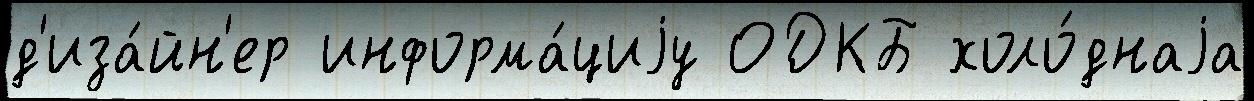
д'иза́йн'ер информа́циjу ОДКБ холо́днаjа